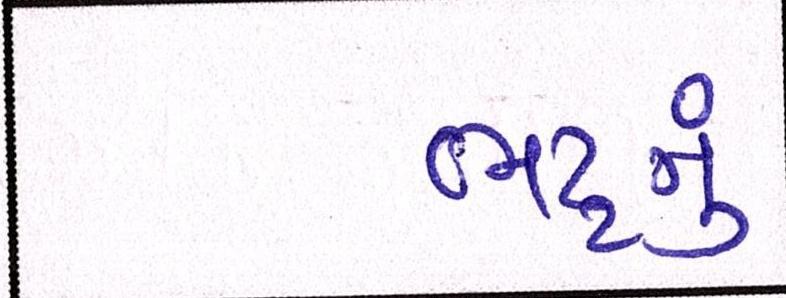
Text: ભટ્ટનું